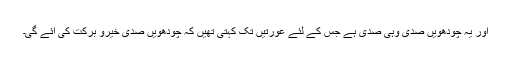
اور یہ چودھویں صدی وہی صدی ہے جس کے لئے عورتیں تک کہتی تھیں کہ چودھویں صدی خیرو برکت کی آئے گی۔